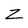
Character: Z